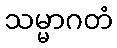
သမ္မာဂတံ